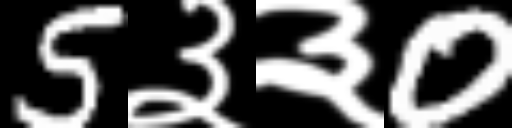
Text: 5३३0